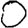
Digit: 0